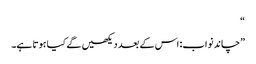
“
”چاند نواب: اس کے بعد دیکھیں گے کیا ہوتا ہے۔